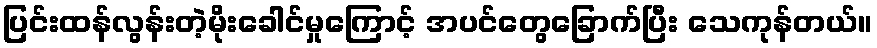
ပြင်းထန်လွန်းတဲ့မိုးခေါင်မှုကြောင့် အပင်တွေခြောက်ပြီး သေကုန်တယ်။